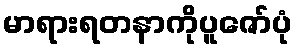
မာရားရတနာကိုပူဇော်ပုံ